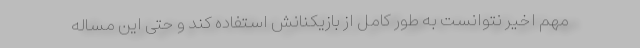
مهم اخیر نتوانست به طور کامل از بازیکنانش استفاده کند و حتی این مساله